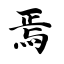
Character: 焉